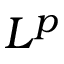
L ^ { p }